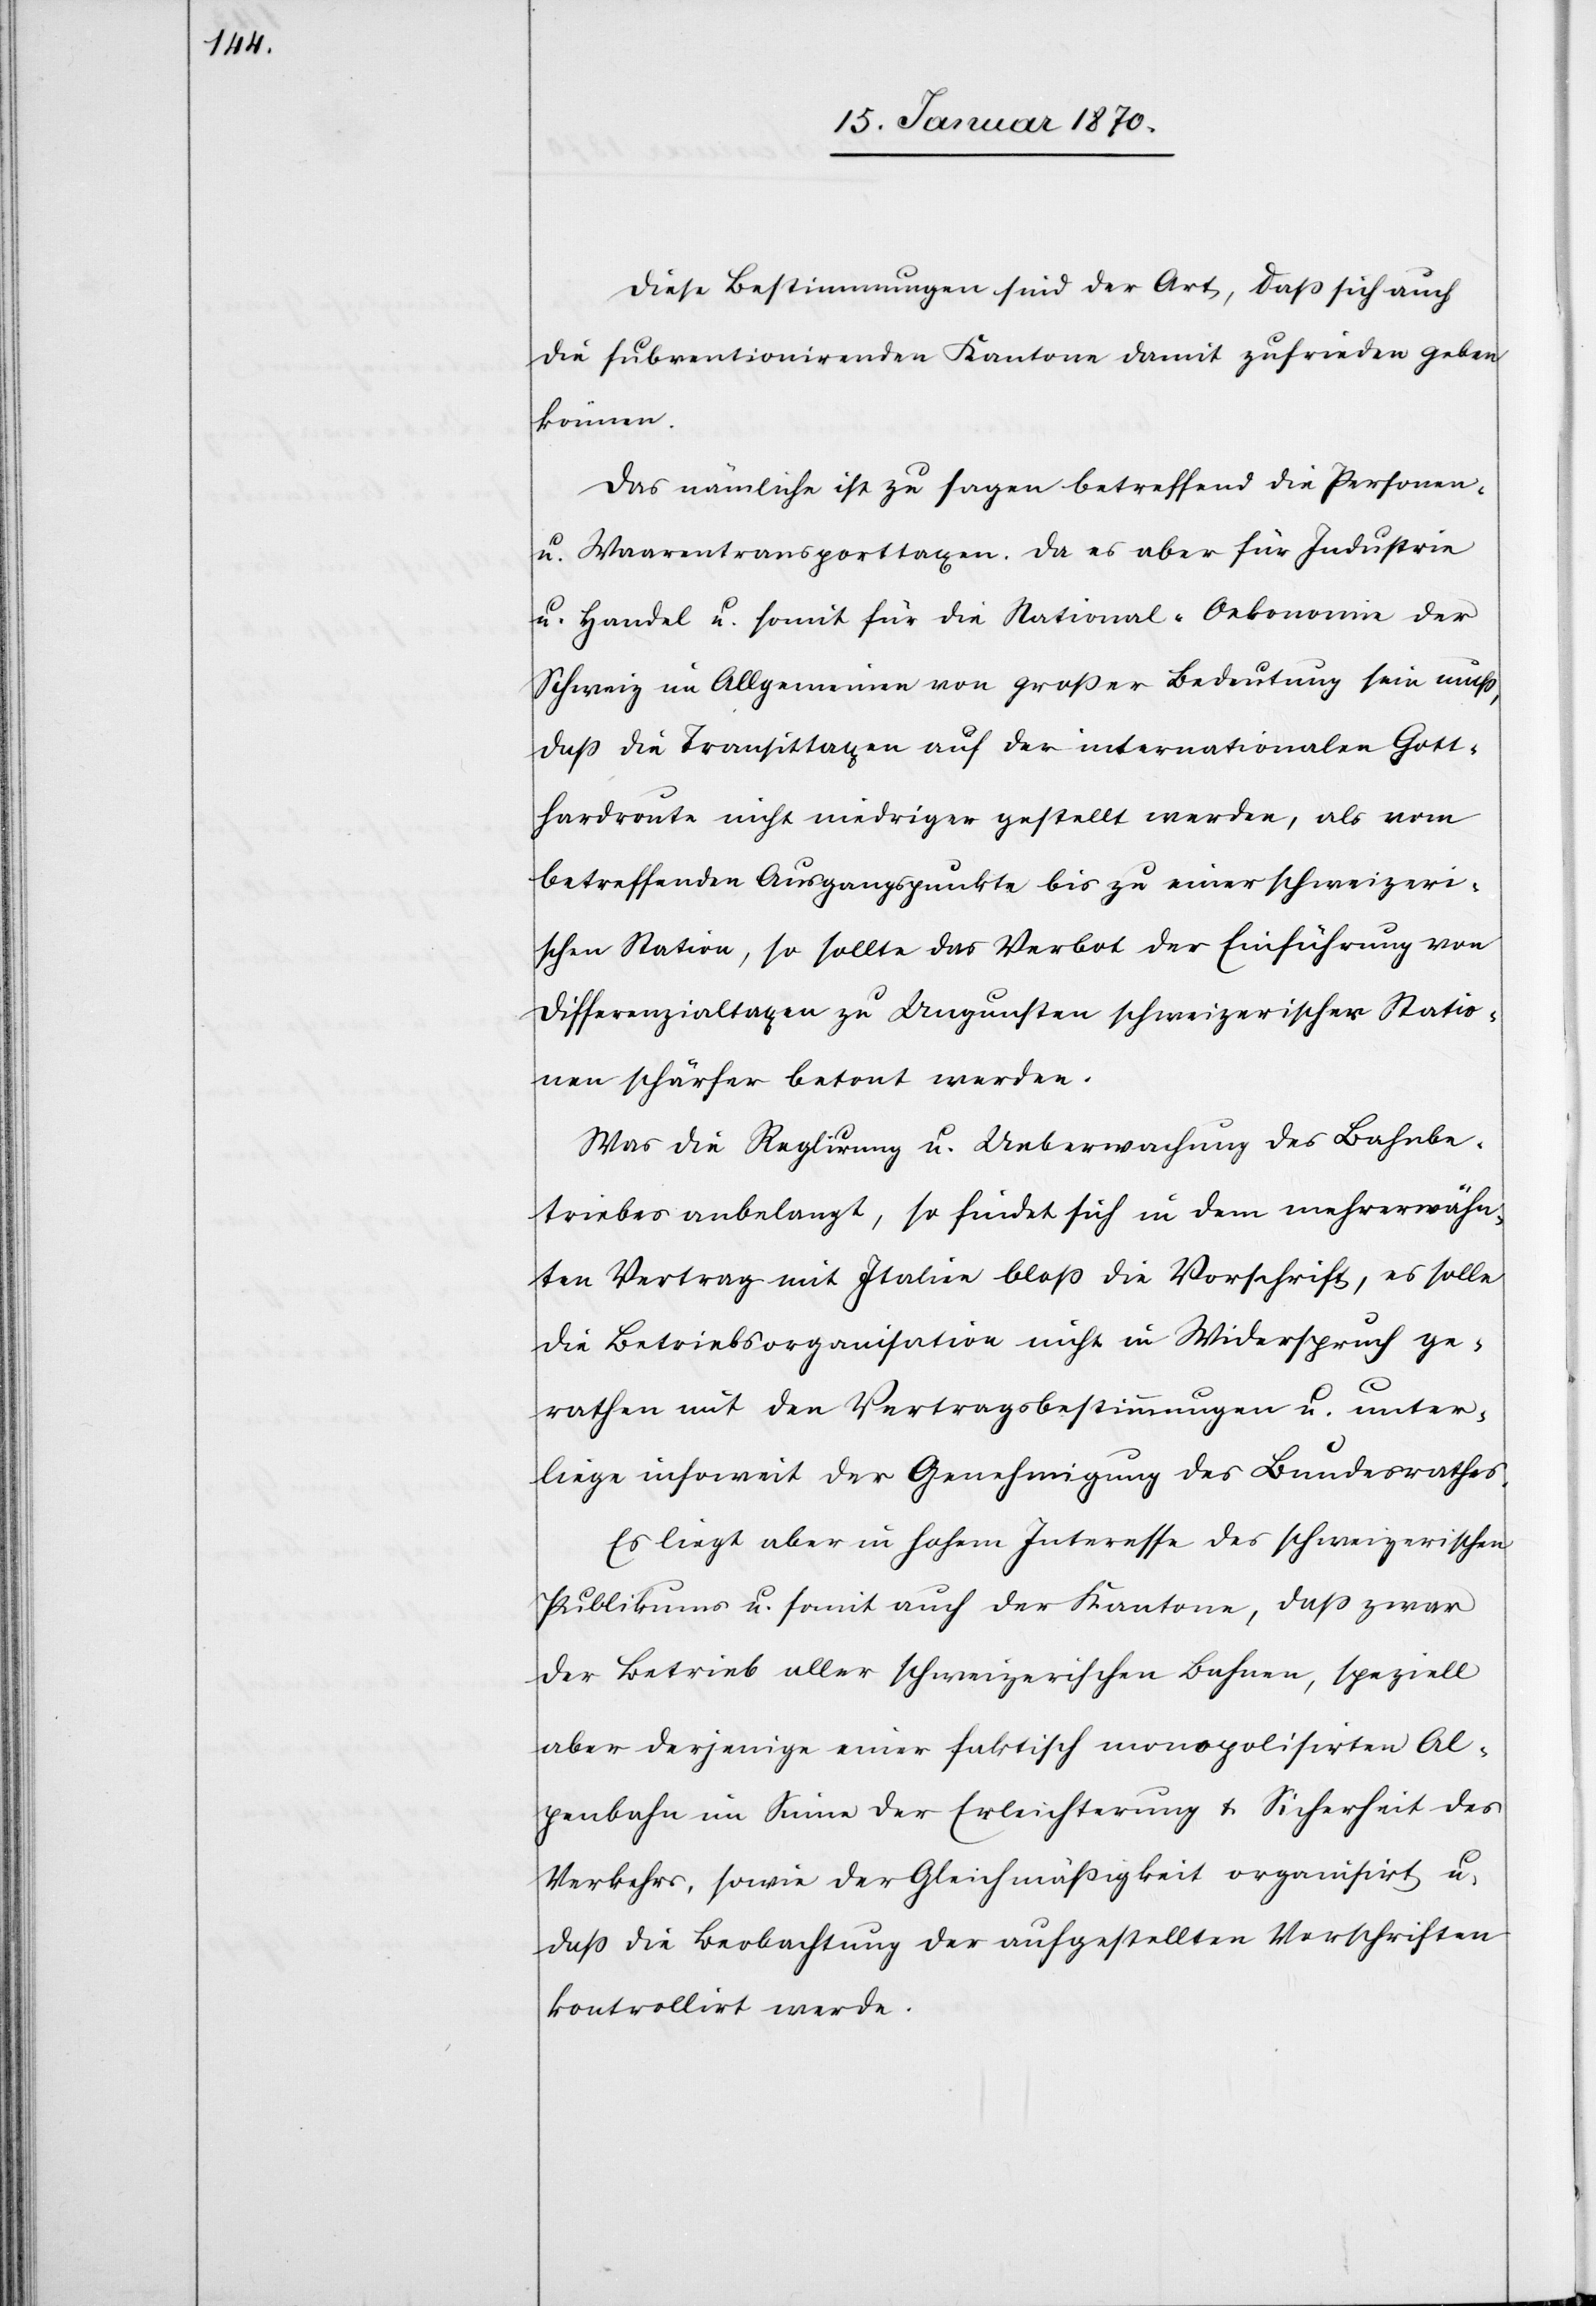
Diese Bestimmungen sind der Art, daß sich auch
die subventionirenden Kantone damit zufrieden geben
können.
Das nämliche ist zu sagen betreffend die Personen-
u. Waarentransporttaxen. Da es aber für Industrie
u. Handel u. somit für die National-Oekonomie der
Schweiz im Allgemeinen von großer Bedeutung sein muß,
daß die Transittaxen auf der internationalen Gott¬
hardroute nicht niedriger gestellt werden, als vom
betreffenden Ausgangspunkte bis zu einer schweizeri¬
schen Station, so sollte das Verbot der Einführung von
Differenzialtaxen zu Ungunsten schweizerischer Statio¬
nen schärfer betont werden.
Was die Reglirung u. Ueberwachung des Bahnbe¬
triebes anbelangt, so findet sich in dem mehrerwähn¬
ten Vertrag mit Italien bloß die Vorschrift, es solle
die Betriebsorganisation nicht in Widerspruch ge¬
rathen mit den Vertragsbestimmungen u. unter¬
liege insoweit der Genehmigung des Bundesrathes.
Es liegt aber in hohem Interesse des schweizerischen
Publikums u. somit auch der Kantone, daß zwar
der Betrieb aller schweizerischen Bahnen, speziell
aber derjenige einer faktisch monopolisirten Al¬
penbahn im Sinne der Erleichterung u. Sicherheit des
Verkehrs, sowie der Gleichmäßigkeit organisirt u.
daß die Beobachtung der aufgestellten Vorschriften
kontrollirt werde.